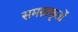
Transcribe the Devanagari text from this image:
समग्राकृतों